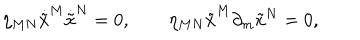
LaTeX: \eta _ { M N } \dot { \tilde { x } } ^ { M } \dot { \tilde { x } } ^ { N } = 0 , ~ ~ \eta _ { M N } \dot { \tilde { x } } ^ { M } \partial _ { m } { \tilde { x } } ^ { N } = 0 ,